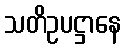
သတိဥပဋ္ဌာနေ